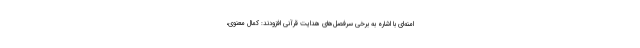
امنه‌ای با اشاره به برخی سرفصل‌های هدایت قرآنی افزودند: کمال معنوی،